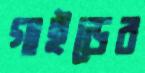
গাইডের